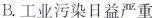
B. 工业污染日益严重